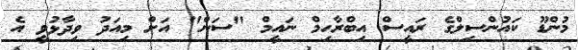
މުންޑޫ ކައުންސިލްގެ ރައީސް އިބްރާހިމް ނައީމް "ސަން" އަށް މިއަދު ވިދާޅުވީ އެ